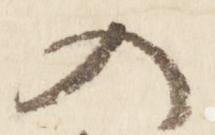
入